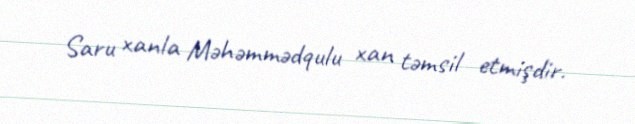
Saru xanla Məhəmmədqulu xan təmsil etmişdir.